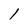
Character: 1